Vaccination North-Western Provinces and Oudh 1896-1901 - 1896-1901
Year: 1896
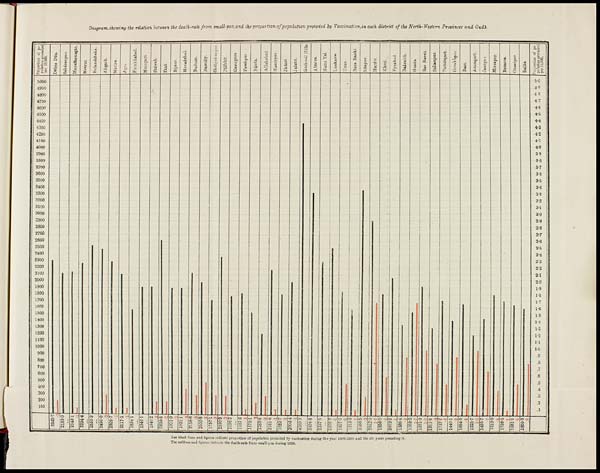
Diagram, showing the relation between the death-rate from small-pox and the proportion of population protected by Vaccination, in each district of the North-Western Provinces and Oudh
The black lines and figures indicate proportion of population protected by vaccination during the year 1899-1900 and the six years preceding it.
The red lines and figures indicate the death-rate from small-pox during 1899.